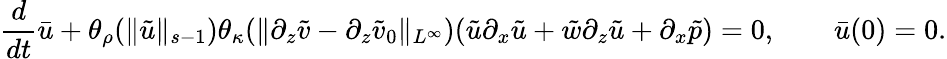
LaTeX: \frac{d}{dt}\bar{u}+\theta_{\rho}(\| \tilde{u}\| _{s-1})\theta_{\kappa}(\| \partial_{z}\tilde{v}-\partial_{z}\tilde{v}_{0}\| _{L^{\infty}})(\tilde{u}\partial_{x}\tilde{u}+\tilde{w}\partial_{z}\tilde{u}+\partial_{x}\tilde{p})=0,\qquad\bar{u}(0)=0.